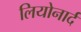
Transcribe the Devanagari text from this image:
लियोनार्द